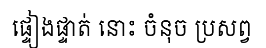
ផ្ទៀងផ្ទាត់ នោះ ចំនុច ប្រសព្វ